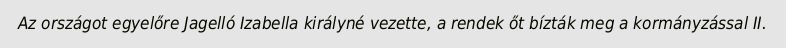
Az országot egyelőre Jagelló Izabella királyné vezette, a rendek őt bízták meg a kormányzással II.